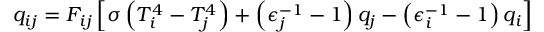
q _ { i j } = F _ { i j } \left[ \sigma \left( T _ { i } ^ { 4 } - T _ { j } ^ { 4 } \right) + \left( \epsilon _ { j } ^ { - 1 } - 1 \right) q _ { j } - \left( \epsilon _ { i } ^ { - 1 } - 1 \right) q _ { i } \right]